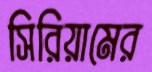
সিরিয়ামের